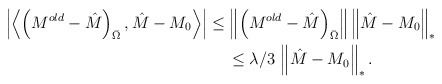
\begin{align*}\left \vert \left\langle \left (M^{old}-\hat M\right )_{\bar \Omega},\hat M-M_0\right\rangle\right \vert&\leq \left \Vert \left (M^{old}-\hat M\right )_{\bar \Omega}\right \Vert \left \Vert\hat M-M_0\right \Vert_{*}\\&\hskip 0.5 cm\leq \lambda/3\,\left \Vert \hat M-M_0\right \Vert_{*}.\end{align*}